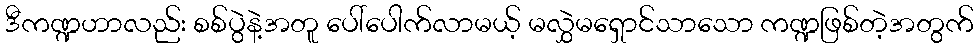
ဒီကဏ္ဍဟာလည်း စစ်ပွဲနဲ့အတူ ပေါ်ပေါက်လာမယ့် မလွှဲမရှောင်သာသော ကဏ္ဍဖြစ်တဲ့အတွက်